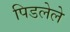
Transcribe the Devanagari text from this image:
पिडलेले